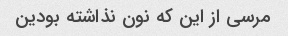
مرسی از این که نون نذاشته بودین